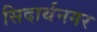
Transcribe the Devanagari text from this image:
सिदार्थनगर